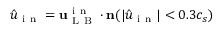
\hat { u } _ { \mathrm { ~ i ~ n ~ } } = \mathbf { u } _ { \mathrm { ~ L ~ B ~ } } ^ { \mathrm { ~ i ~ n ~ } } \cdot \mathbf { n } ( \left| \hat { u } _ { \mathrm { ~ i ~ n ~ } } \right| < 0 . 3 c _ { s } )